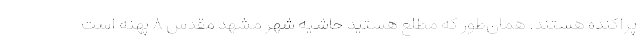
پراکنده هستند. همان‌طور که مطلع هستید حاشیه شهر مشهد مقدس ۸ پهنه است